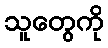
သူတွေကို